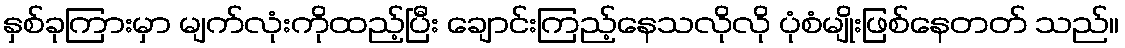
နှစ်ခုကြားမှာ မျက်လုံးကိုထည့်ပြီး ချောင်းကြည့်နေသလိုလို ပုံစံမျိုးဖြစ်နေတတ် သည်။